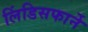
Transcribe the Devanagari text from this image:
लिंडिसफार्ने